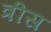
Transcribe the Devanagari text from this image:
त्रीस